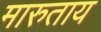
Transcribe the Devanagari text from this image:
मारुताय